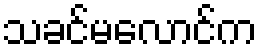
သခင်မလောင်က